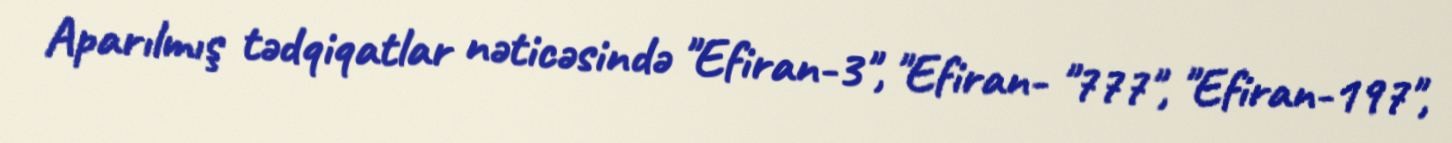
Aparılmış tədqiqatlar nəticəsində "Efiran-3", "Efiran- "777", "Efiran-197",